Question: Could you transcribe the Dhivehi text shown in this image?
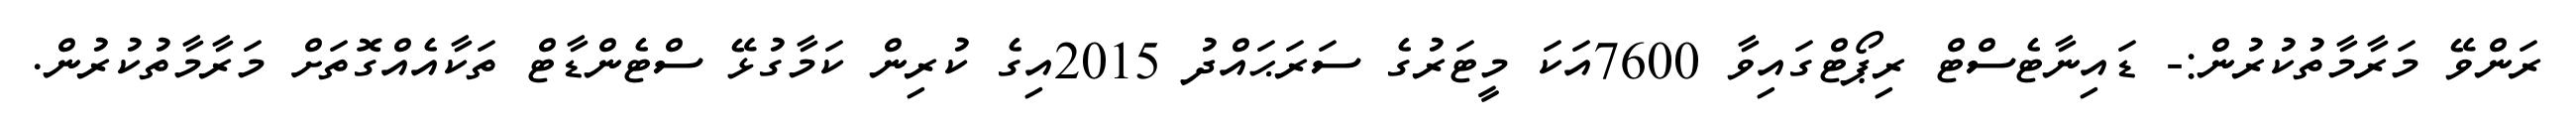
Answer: ރަންވޭ މަރާމާތުކުރުން:- ޑައިނާޓެސްޓް ރިޕޯޓްގައިވާ 7600އަކަ މީޓަރުގެ ސަރަޙައްދު 2015އިގެ ކުރިން ކަމާގުޅޭ ސްޓެންޑާޓް ތަކާއެއްގޮތަށް މަރާމާތުކުރުން.